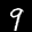
Label: 9